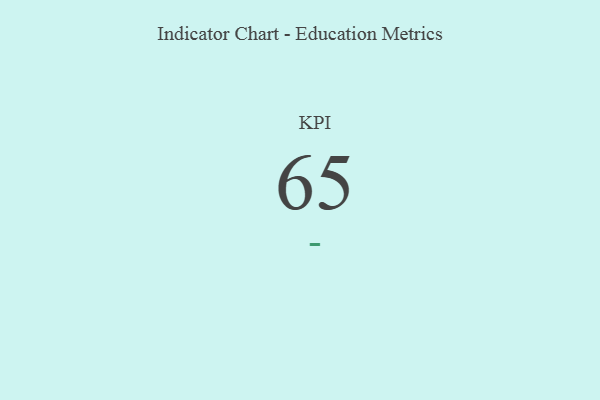
{"axis": {"x": "KPI", "y": "Value"}, "legend": [""], "data": [{"x": "KPI", "y": 65, "type": ""}]}